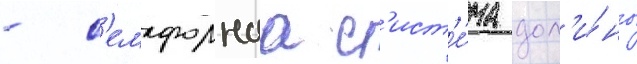
- с'емафорнаа с'ист'е́ма дол'и́ны